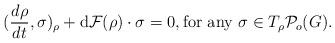
LaTeX: \begin{align*}(\frac{d\rho}{dt}, \sigma)_{\rho}+\textrm{d}\mathcal{F}(\rho)\cdot{\sigma}=0,\textrm{for any}~ \sigma\in T_\rho\mathcal{P}_o(G).\end{align*}